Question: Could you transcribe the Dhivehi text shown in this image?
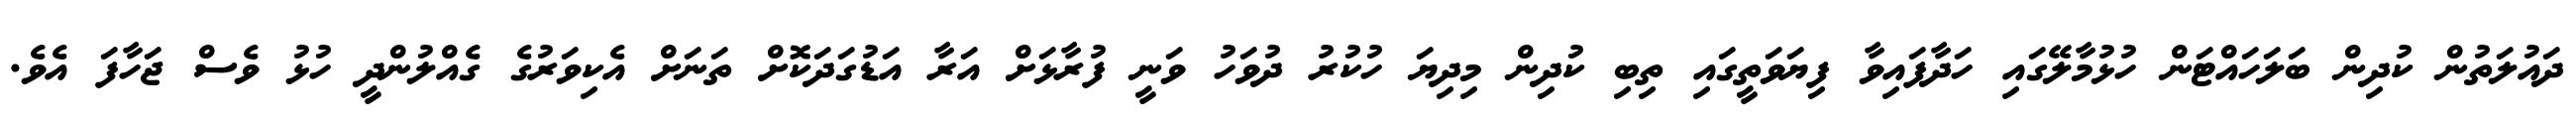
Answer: ދައުލަތުން ކުދިން ބަލަހައްޓަން ހުޅުމާލޭގައި ހަދާފައިވާ ފިޔަވަތީގައި ތިބި ކުދިން މިދިޔަ ހުކުރު ދުވަހު ވަނީ ފުރާޅަށް އަރާ އަޑުގަދަކޮށް ތަނަށް އެކިވަރުގެ ގެއްލުންދީ ހުޅު ވެސް ޖަހާފަ އެވެ.